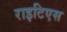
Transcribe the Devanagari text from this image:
राइटिएस